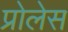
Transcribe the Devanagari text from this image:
प्रोलेस